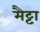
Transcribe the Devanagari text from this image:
मैट्टा